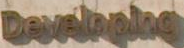
Developing